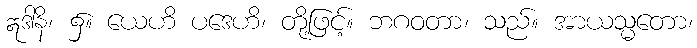
ဣဒါနိ၊ ၌။ ယေဟိ ပဒေဟိ၊ တို့ဖြင့်။ ဘဂဝတာ၊ သည်။ အာယသ္မတော၊